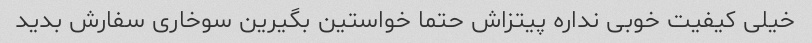
خیلی کیفیت خوبی نداره پیتزاش حتما خواستین بگیرین سوخاری سفارش بدید